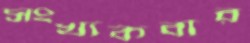
সংখ্যকবার